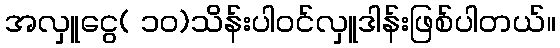
အလှူငွေ( ၁၀)သိန်းပါဝင်လှူဒါန်းဖြစ်ပါတယ်။